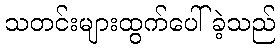
သတင်းများထွက်ပေါ်ခဲ့သည်